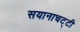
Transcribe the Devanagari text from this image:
सयानाचट्टी